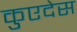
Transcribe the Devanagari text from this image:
कुएदेस